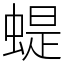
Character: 蝭